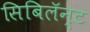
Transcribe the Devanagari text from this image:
सिबिलॅन्ट